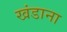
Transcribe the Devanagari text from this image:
खंडाना